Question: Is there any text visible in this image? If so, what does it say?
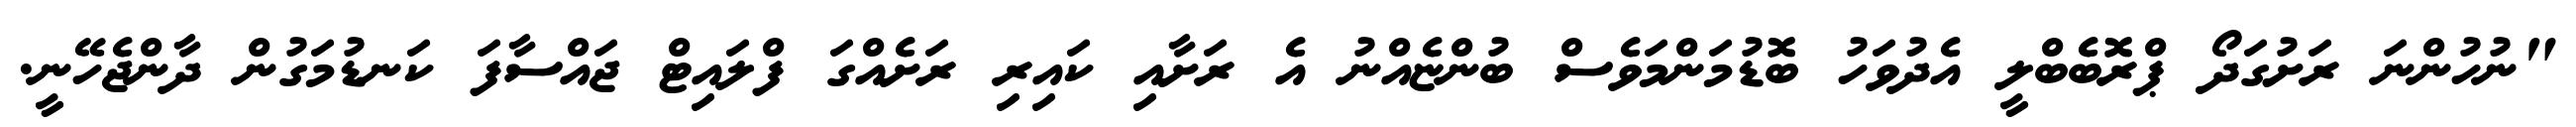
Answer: "ނުހުންނަ ރަށުގަދޯ ޕްރޮބެބްލީ އެދުވަހު ބޮޑުމަންމަވެސް ބުންޏެއްނު އެ ރަށާއި ކައިރި ރަށެއްގަ ފްލައިޓް ޖައްސާފަ ކަނޑުމަގުން ދާންޖެހޭނީ.